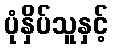
ပုံနှိပ်သူနှင့်